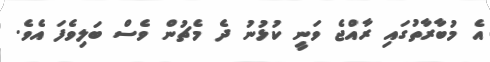
އެ މުބާރާތުގައި ރާއްޖެ ވަނީ ކުޅުނު ދެ މެޗުން ވެސް ބަލިވެފަ އެވެ.